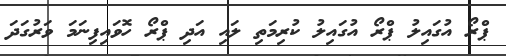
ޕްރޯ އުގައިލު ޕްރޯ އުގައިލު ކުރިމަތި ލައި އަދި ޕްރޯ ހޮވައިފިނަމަ ވަރުގަދަ